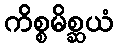
ကိစ္စမိစ္ဆယံ